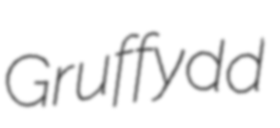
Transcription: Gruffydd